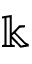
\Bbbk